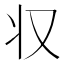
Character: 𠬧